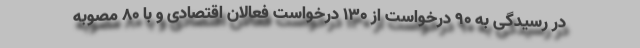
در رسیدگی به ۹۰ درخواست از ۱۳۰ درخواست فعالان اقتصادی و با ۸۰ مصوبه